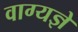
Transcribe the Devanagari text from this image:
वाग्यज्ञे